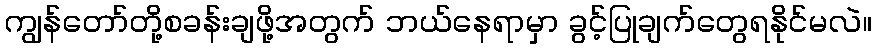
ကျွန်တော်တို့စခန်းချဖို့အတွက် ဘယ်နေရာမှာ ခွင့်ပြုချက်တွေရနိုင်မလဲ။